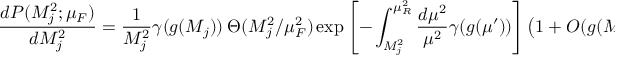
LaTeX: \frac { d P ( M _ { j } ^ { 2 } ; \mu _ { F } ) } { d M _ { j } ^ { 2 } } = \frac { 1 } { M _ { j } ^ { 2 } } \gamma ( g ( M _ { j } ) ) ~ \Theta ( M _ { j } ^ { 2 } / \mu _ { F } ^ { 2 } ) \exp \left[ - \int _ { M _ { j } ^ { 2 } } ^ { \mu _ { R } ^ { 2 } } \frac { d \mu ^ { 2 } } { \mu ^ { 2 } } \gamma ( g ( \mu ^ { \prime } ) ) \right] \left( 1 + O ( g ( M _ { j } ) ^ { 2 } ) \right) .